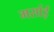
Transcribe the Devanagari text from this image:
मर्साई